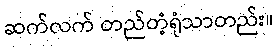
ဆက်လက် တည်တံ့ရုံသာတည်း။